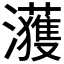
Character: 𤄀